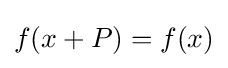
f(x+P)=f(x)